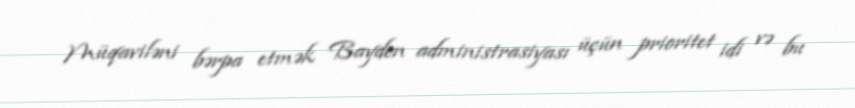
Müqaviləni bərpa etmək Bayden administrasiyası üçün prioritet idi və bu